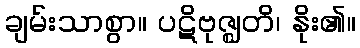
ချမ်းသာစွာ။ ပဋိဗုဇ္ဈတိ၊ နိုး၏။